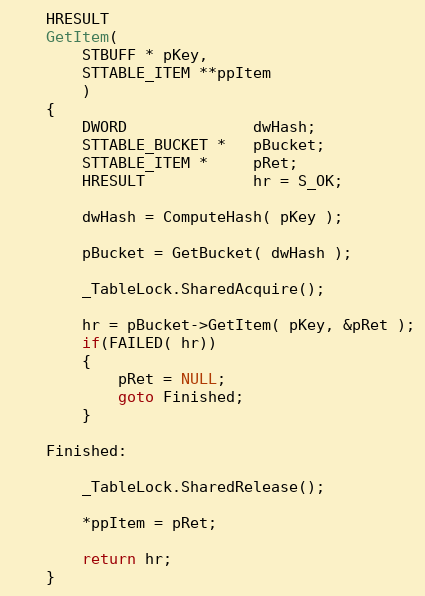
Language: C
    HRESULT
    GetItem(
        STBUFF * pKey,
        STTABLE_ITEM **ppItem
        )
    {
        DWORD              dwHash;
        STTABLE_BUCKET *   pBucket;
        STTABLE_ITEM *     pRet;
        HRESULT            hr = S_OK;

        dwHash = ComputeHash( pKey );

        pBucket = GetBucket( dwHash );

        _TableLock.SharedAcquire();

        hr = pBucket->GetItem( pKey, &pRet );
        if(FAILED( hr))
        {
            pRet = NULL;
            goto Finished;
        }

    Finished:

        _TableLock.SharedRelease();

        *ppItem = pRet;

        return hr;
    }